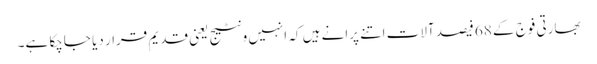
بھارتی فوج کے 68 فیصد آلات اتنے پرانے ہیں کہ انہیں ونٹیج یعنی قدیم قرار دیا جاچکا ہے۔